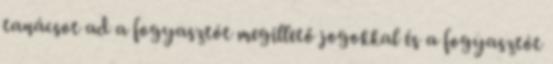
tanácsot ad a fogyasztót megillető jogokkal és a fogyasztót